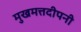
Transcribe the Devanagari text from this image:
मुखमत्तदीपनी